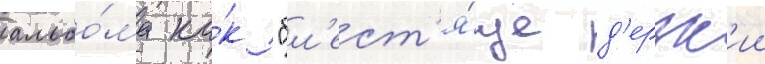
альбо́ма ка́к "бл'ест'я́ще д'ерзк'ии